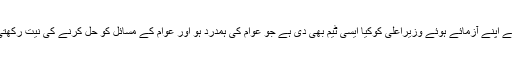
آپ نے اپنے آزمائے ہوئے وزیراعلیٰ کوکیا ایسی ٹیم بھی دی ہے جو عوام کی ہمدرد ہو اور عوام کے مسائل کو حل کرنے کی نیت رکھتی ہو؟